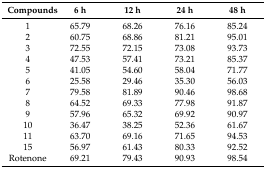
<table><thead><tr><td><b>Compounds</b></td><td><b>6 h</b></td><td><b>12 h</b></td><td><b>24 h</b></td><td><b>48 h</b></td></tr></thead><tbody><tr><td>1</td><td>65.79</td><td>68.26</td><td>76.16</td><td>85.24</td></tr><tr><td>2</td><td>60.75</td><td>68.86</td><td>81.21</td><td>95.01</td></tr><tr><td>3</td><td>72.55</td><td>72.15</td><td>73.08</td><td>93.73</td></tr><tr><td>4</td><td>47.53</td><td>57.41</td><td>73.21</td><td>85.37</td></tr><tr><td>5</td><td>41.05</td><td>54.60</td><td>58.04</td><td>71.77</td></tr><tr><td>6</td><td>25.58</td><td>29.46</td><td>35.30</td><td>56.03</td></tr><tr><td>7</td><td>79.58</td><td>81.89</td><td>90.46</td><td>98.68</td></tr><tr><td>8</td><td>64.52</td><td>69.33</td><td>77.98</td><td>91.87</td></tr><tr><td>9</td><td>57.96</td><td>65.32</td><td>69.92</td><td>90.97</td></tr><tr><td>10</td><td>36.47</td><td>38.25</td><td>52.36</td><td>61.67</td></tr><tr><td>11</td><td>63.70</td><td>69.16</td><td>71.65</td><td>94.53</td></tr><tr><td>15</td><td>56.97</td><td>61.43</td><td>80.33</td><td>92.52</td></tr><tr><td>Rotenone</td><td>69.21</td><td>79.43</td><td>90.93</td><td>98.54</td></tr></tbody></table>